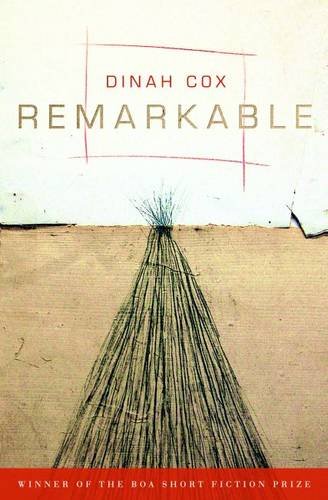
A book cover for Remarkable; Dinah Cox; Literature & Fiction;